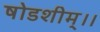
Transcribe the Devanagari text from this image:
षोडशीम्।।